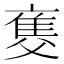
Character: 𤕚